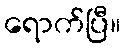
ရောက်ပြီ။